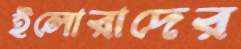
ইলোরাদের